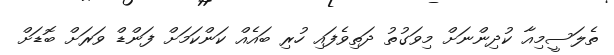
ތެލަސީމިއާ ކުދިންނަށް މިވަގުތު ދަތިވެފައި ހުރި ބައެއް ކަންކަމަށް ފަންޑް ވަރަށް ބޮޑަށް